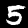
Digit: 5